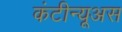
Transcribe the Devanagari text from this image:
कंटीन्यूअस